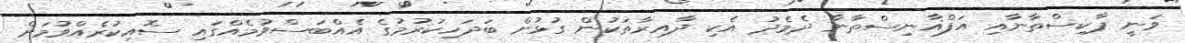
ވަނީ ޕާކިސްތާނާއި އަފްޣާނިސްތާނާ ދެމެދު އެކި ދާއިރާތަކުން ގުޅުން ބަދަހިކުރުމުގެ އެއްބަސްވުމެއްގައި ސޮއިކުރެއްވުމަށް